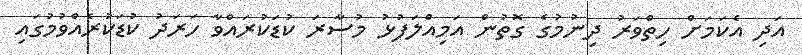
އަދި އެކަމަށް ހިތްވަރު ދިނުމުގެ ގޮތުން އަމިއްލަފުޅު މުސާރަ ކުޑަކުރައްވާ ހަރަދު ކުޑަކުރެއްވުމުގައި